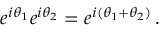
e ^ { i \theta _ { 1 } } e ^ { i \theta _ { 2 } } = e ^ { i ( \theta _ { 1 } + \theta _ { 2 } ) } \, .